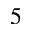
5